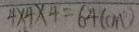
4 \times 4 \times 4 = 6 4 ( c m )